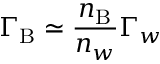
\Gamma _ { \mathrm { B } } \simeq \frac { n _ { \mathrm { B } } } { n _ { w } } \Gamma _ { w }